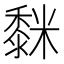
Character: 𮮒